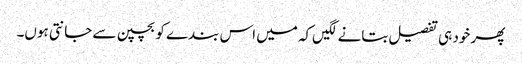
پھر خود ہی تفصیل بتانے لگیں‌کہ میں اس بندے کو بچپن سے جانتی ہوں۔